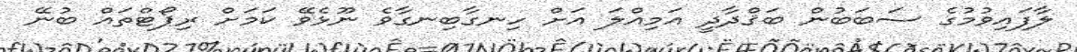
ލާފައިވުމުގެ ސަބަބުން ބަޤްދާދީ އަމިއްލަ އަށް ހިނގާބިނގާވެ ނޫޅެވޭ ކަމަށް ރިޕޯޓްތައް ބުނޭ